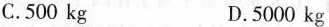
C.500kg D.5000kg